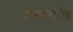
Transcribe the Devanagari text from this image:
मत्‍तयरचित